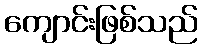
ကျောင်းဖြစ်သည်